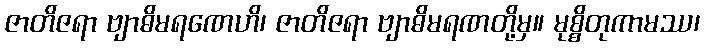
ဇာတိဇရာ ဗျာဓိမရဏေဟိ၊ ဇာတိဇရာ ဗျာဓိမရဏတို့မှ။ မုစ္စိတုကာမဿ၊